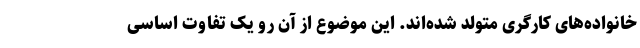
خانواده‌های کارگری متولد شده‌اند. این موضوع از آن رو یک تفاوت اساسی